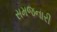
સમજનારી